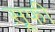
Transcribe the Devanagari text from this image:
स़ूफी